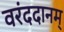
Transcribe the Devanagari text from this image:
वरंददानम्